Lock hospitals Punjab
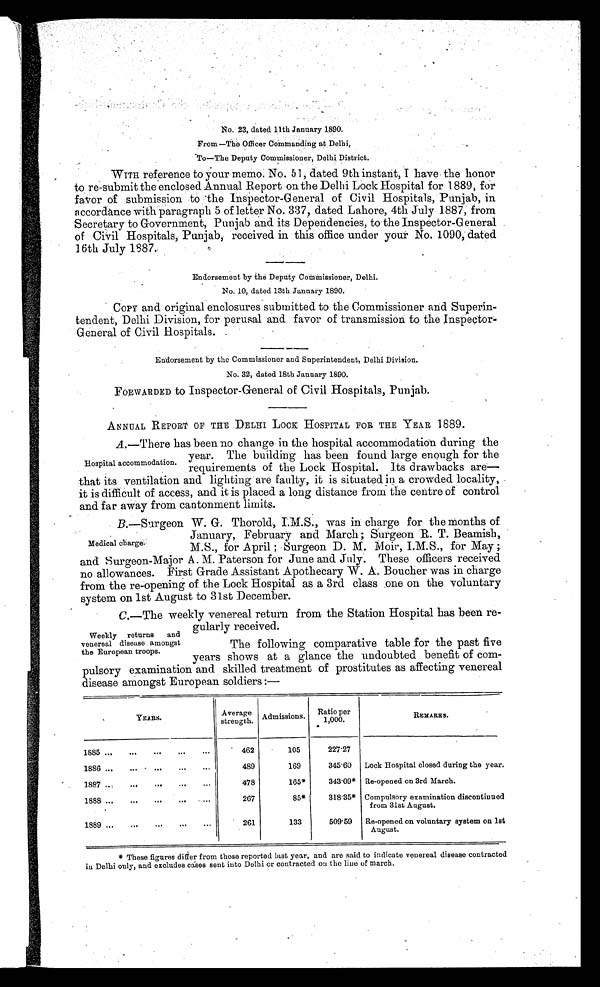
N o 2 3 , d a t e d 1 1 t h J a n u a r y 1 8 9 0 .
From—The Officer Commanding at Delhi,
To—The Deputy Commissioner, Delhi District.
WITH reference to your memo. No. 51, dated 9th instant, I have the honor
to re-submit the enclosed Annual Report on the Delhi Lock Hospital for 1889, for
favor of submission to the Inspector-General of Civil Hospitals, Punjab, in
accordance with paragraph 5 of letter No. 337, dated Lahore, 4th July 1887, from
Secretary to Government, Punjab and its Dependencies, to the Inspector-General
of Civil Hospitals, Punjab, received in this office under your No. 1090, dated
16th July 1887.
Endorsement by the Deputy Commissioner, Delhi.
No. 10, dated 13th January 1890.
Copy and original enclosures submitted to the Commissioner and Superin
-tendent, Delhi Division, for perusal and favor of transmission to the Inspector-
General of Civil Hospitals.
Endorsement by the Commissioner and Superintendent, Delhi Division.
No. 32, dated 18th January 1890.
FORWARDED to Inspector-General of Civil Hospitals, Punjab.
ANNUAL REPORT OF THE DELHI LOCK HOSPITAL FOR THE YEAR 1889.
A.—There has been no change in the hospital accommodation during the
year. The building has been found large enough for the
requirements of the Lock Hospital. Its drawbacks are—
that its ventilation and lighting are faulty, it is situated in a crowded locality,
it is difficult of access, and it is placed a long distance from the centre of control
and far away from cantonment limits.
B.—Surgeon W. G. Thorold, I.M.S., was in charge for the months of
January, February and March; Surgeon R. T. Beamish,
M.S., for April ; Surgeon D. M. Moir, I.M.S., for May ;
and Surgeon-Major A. M. Paterson for June and July. These officers received
no allowances. First Grade Assistant Apothecary W. A. Boucher was in charge
from the re-opening of the Lock Hospital as a 3rd class one on the voluntary
system on 1st August to 31st December.
C.—The weekly venereal return from the Station Hospital has been re
-gularly received.
The following comparative table for the past five
years shows at a glance the undoubted benefit of com
- p u l s o r y e x a m i n a t i o n a n d s k i l l e d t r e a t m e n t o f p r o s t i t u t e s a s a f f e c t i n g v e n e r e a l
disease amongst European soldiers :—
YEARS.
Average
strength.
Admissions.
Ratio per
1,000.
REMARKS.
1885
. . .
. . .
. . .
. . . . . .
462
105
227.27
1886
. . .
. . .
. . .
. . . . . .
489
169
345.60
Lock Hospital closed during the year.
1887 ..:
. . .
. . .
. . .
. . .
478
165*
343.09* Re-opened on 3rd March.
1888 . . .
. . .
. . .
. . . . . .
267
85*
318.35* Compulsory examination discontinued
from 31st August.
1889 ...
261
133
509.59
Re-opened on voluntary system on 1st
August.
Hospital accommodation.
Medical charge.
Weekly returns and
venereal disease amongst
the European troops.
* These figures differ from those reported last year, and are said to indicate venereal disease contracted
in Delhi only, and excludes cases sent into Delhi or contracted on the line of march.